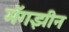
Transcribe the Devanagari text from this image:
मॅगझीन